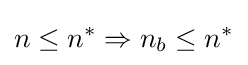
n\leq n^{*}\Rightarrow n_{b}\leq n^{*}